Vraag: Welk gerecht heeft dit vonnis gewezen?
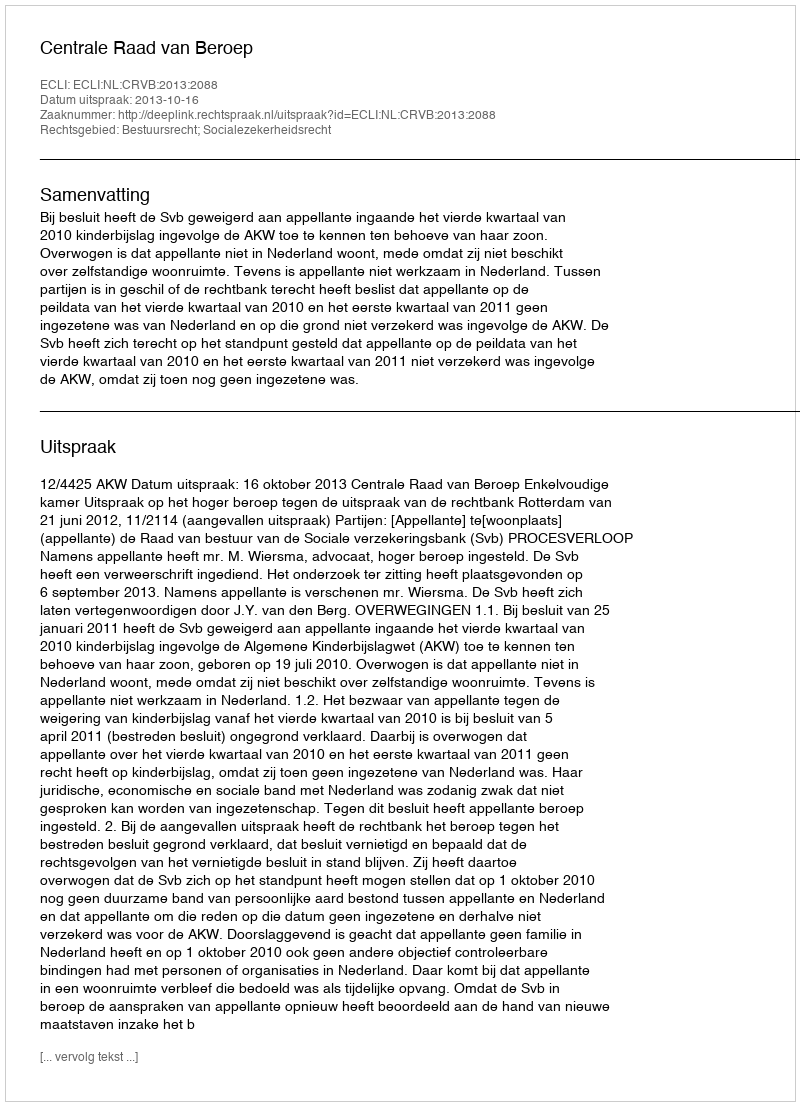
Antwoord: Centrale Raad van Beroep